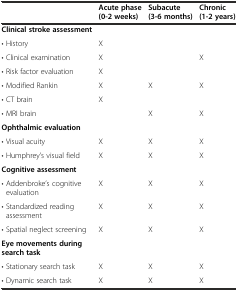
<table><thead><tr><td></td><td><b>Acute phase (0-2 weeks)</b></td><td><b>Subacute (3-6 months)</b></td><td><b>Chronic (1-2 years)</b></td></tr></thead><tbody><tr><td><b>Clinical stroke assessment</b></td><td></td><td></td><td></td></tr><tr><td>• History</td><td>X</td><td></td><td></td></tr><tr><td>• Clinical examination</td><td>X</td><td></td><td>X</td></tr><tr><td>• Risk factor evaluation</td><td>X</td><td></td><td></td></tr><tr><td>• Modified Rankin</td><td>X</td><td>X</td><td>X</td></tr><tr><td>• CT brain</td><td>X</td><td></td><td></td></tr><tr><td>• MRI brain</td><td></td><td>X</td><td>X</td></tr><tr><td><b>Ophthalmic evaluation</b></td><td></td><td></td><td></td></tr><tr><td>• Visual acuity</td><td>X</td><td>X</td><td>X</td></tr><tr><td>• Humphrey’s visual field</td><td>X</td><td>X</td><td>X</td></tr><tr><td><b>Cognitive assessment</b></td><td></td><td></td><td></td></tr><tr><td>• Addenbroke’s cognitive evaluation</td><td>X</td><td>X</td><td>X</td></tr><tr><td>• Standardized reading assessment</td><td>X</td><td>X</td><td>X</td></tr><tr><td>• Spatial neglect screening</td><td>X</td><td>X</td><td>X</td></tr><tr><td><b>Eye movements during search task</b></td><td></td><td></td><td></td></tr><tr><td>• Stationary search task</td><td>X</td><td>X</td><td>X</td></tr><tr><td>• Dynamic search task</td><td>X</td><td>X</td><td>X</td></tr></tbody></table>